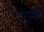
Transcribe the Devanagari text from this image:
देरावड़